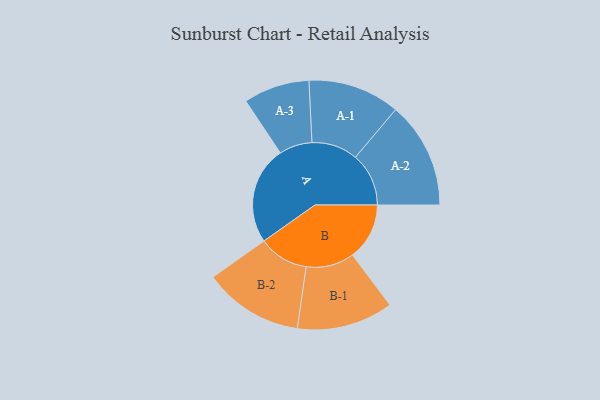
{"axis": {"x": "Segment", "y": "Value"}, "legend": ["", "A", "B"], "data": [{"x": "A", "y": 498, "type": ""}, {"x": "B", "y": 289, "type": ""}, {"x": "A-1", "y": 234, "type": "A"}, {"x": "A-2", "y": 271, "type": "A"}, {"x": "A-3", "y": 168, "type": "A"}, {"x": "B-1", "y": 245, "type": "B"}, {"x": "B-2", "y": 254, "type": "B"}]}